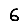
Digit: 6